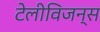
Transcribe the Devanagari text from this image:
टेलीविजन्स